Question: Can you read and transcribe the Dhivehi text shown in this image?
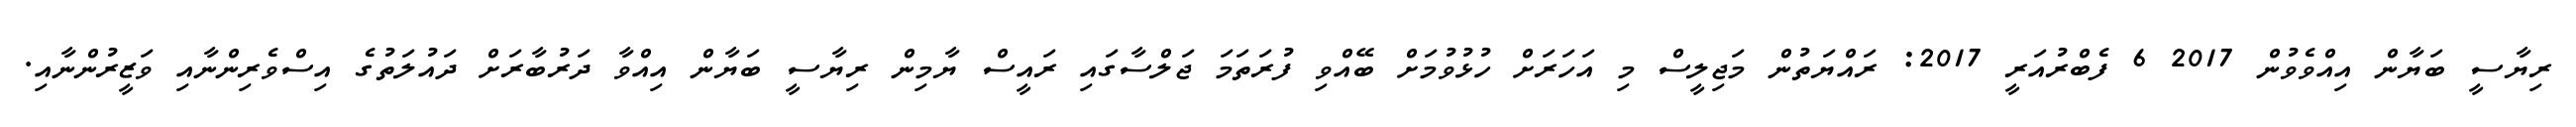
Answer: ރިޔާސީ ބަޔާން އިއްވެވުން 2017 6 ފެބްރުއަރީ 2017: ރައްޔަތުން މަޖިލީސް މި އަހަރަށް ހުޅުވުމަށް ބޭއްވި ފުރަތަމަ ޖަލްސާގައި ރައީސް ޔާމިން ރިޔާސީ ބަޔާން އިއްވާ ދަރުބާރަށް ދައުލަތުގެ އިސްވެރިންނާއި ވަޒީރުންނާއި.